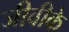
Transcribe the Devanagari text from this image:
जीवीके